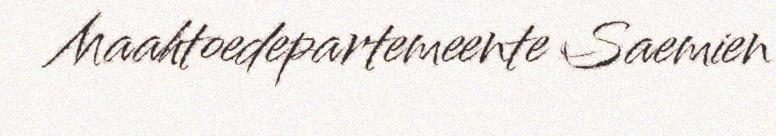
Maahtoedepartemeente Saemien